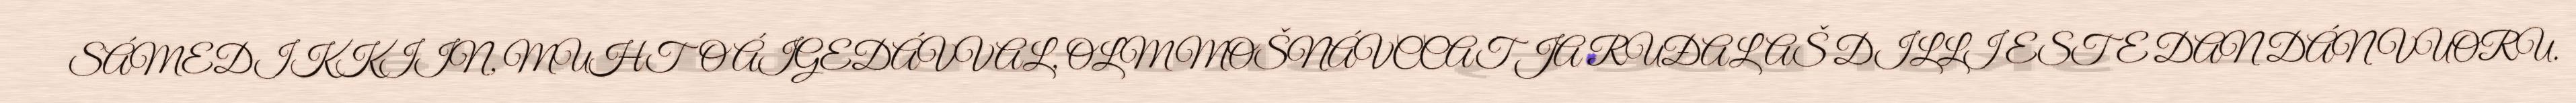
SÁMEDIKKIIN, MUHTO ÁIGEDÁVVAL, OLMMOŠNÁVCCAT JA RUĐALAŠ DILLI ESTE DAN DÁN VUORU.